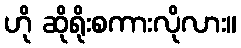
ဟို ဆိုရိုးစကားလိုလား။